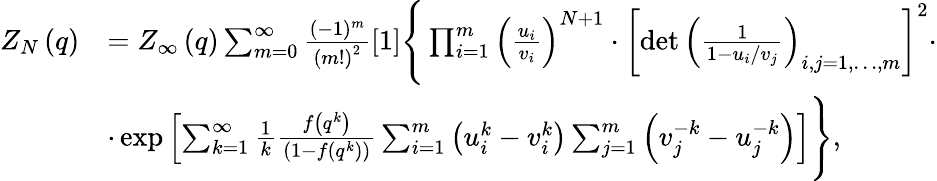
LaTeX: \begin{array}{rl}{Z_{N}\left(q\right)}&{=Z_{\infty}\left(q\right)\sum_{m=0}^{\infty}\frac{(-1)^{m}}{\left(m!\right)^{2}}[1]\Bigg\{ \prod_{i=1}^{m}\left(\frac{u_{i}}{v_{i}}\right)^{N+1}\cdot\left[\operatorname*{det}\left(\frac{1}{1-u_{i}/v_{j}}\right)_{i,j=1,\dots,m}\right]^{2}\cdot}\\ &{\cdot\exp\left[\sum_{k=1}^{\infty}\frac{1}{k}\frac{f\left(q^{k}\right)}{\left(1-f\left(q^{k}\right)\right)}\sum_{i=1}^{m}\left(u_{i}^{k}-v_{i}^{k}\right)\sum_{j=1}^{m}\left(v_{j}^{-k}-u_{j}^{-k}\right)\right]\Bigg\} ,}\end{array}